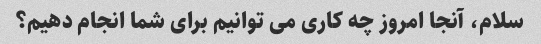
سلام، آنجا امروز چه کاری می توانیم برای شما انجام دهیم؟